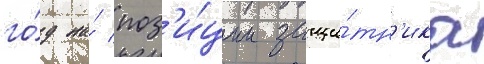
го́д на́ поз'и́ции защи́тн'ика